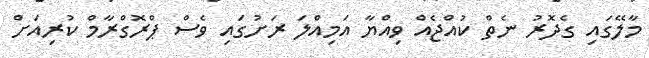
މާލޭގައި ގެދޮރު ނެތް ކުއްޖެއް ވިއްޔާ އަމިއްލަ ރަށުގައި ވެސް ޕްރޮގްރާމް ކުރިއަށް